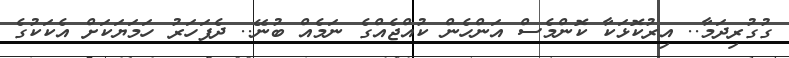
ގުގުރިދަމާ.. އިރުކޮޅަކާ ކޮންމެސް އަންހެން ކުއްޖެއްގެ ނަމެއް ބުނޭ.. ދެފަހަރު ހަމަޔަކަށް އެކަކުގެ